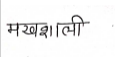
मजकूर: मखशाली